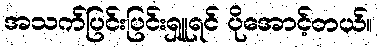
အသက်ပြင်းပြင်းရှူရင် ပိုအောင့်တယ်။